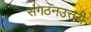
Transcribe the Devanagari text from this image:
संगठनउत्तरी